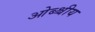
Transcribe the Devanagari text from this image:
ओब्श्चीय